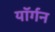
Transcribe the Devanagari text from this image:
यॉर्गन